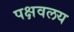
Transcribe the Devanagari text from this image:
पक्षवलय